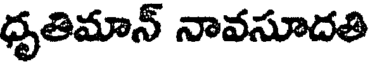
ధృతిమాన్ నావసూదతి